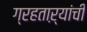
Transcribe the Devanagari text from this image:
ग्रहताऱ्यांची